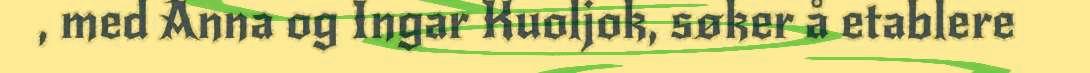
, med Anna og Ingar Kuoljok, søker å etablere